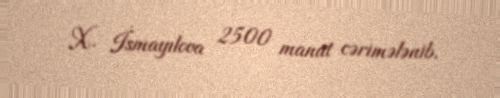
X. İsmayılova 2500 manat cərimələnib.